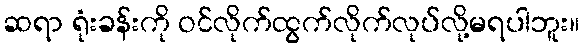
ဆရာ ရုံးခန်းကို ဝင်လိုက်ထွက်လိုက်လုပ်လို့မရပါဘူး။